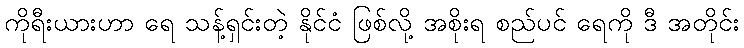
ကိုရီးယားဟာ ရေ သန့်ရှင်းတဲ့ နိုင်ငံ ဖြစ်လို့ အစိုးရ စည်ပင် ရေကို ဒီ အတိုင်း